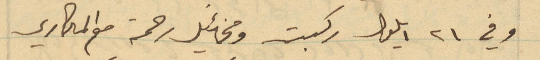
وفي ٢١ ايلول ركبت ومخائيل رحمة مع المكاري